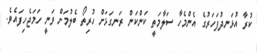
ކުރާ އުޅަނދުފަހަރުގެ އެންމެހާ ސަލާމަތީ ކަންކަން ރަނގަޅަށް ހުރިތޯ ބެލުމަށް ވަނީ ހަމަޖެހިފައެވެ.